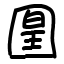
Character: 𡈁